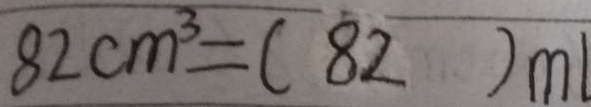
8 2 c m ^ { 3 } = ( 8 2 ) m l